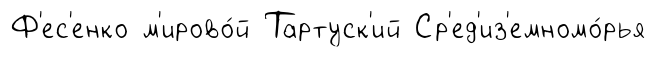
Ф'ес'енко м'ирово́й Тартуск'ий Ср'ед'из'емномо́рья